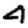
Digit: 4